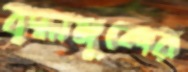
বৃদ্ধাঙ্গুলের